Civil Veterinary Dept. Bombay admin report 1923-31 - 1923-1931
Year: 1923
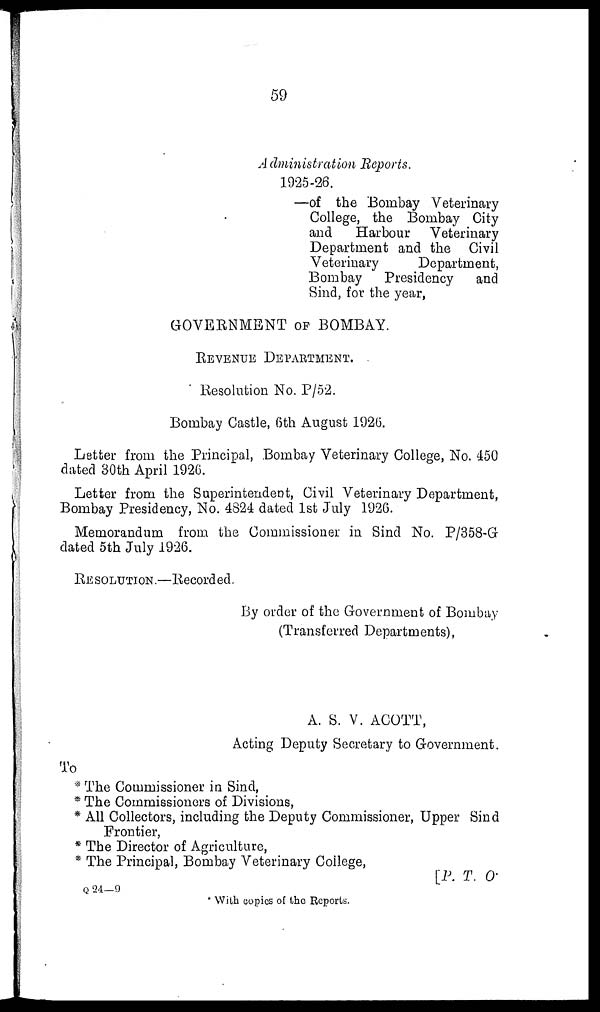
59
Administration Reports.
1925-26.
—of the Bombay Veterinary
College, the Bombay City
and Harbour Veterinary
Department and the Civil
Veterinary
Department,
Bombay Presidency and
Sind, for the year,
GOVERNMENT OF BOMBAY.
REVENUE DEPARTMENT.
Resolution No. P/52.
Bombay Castle, 6th August 1926.
Letter from the Principal, Bombay Veterinary College, No. 450
dated 30th April 1926.
Letter from the Superintendent, Civil Veterinary Department,
Bombay Presidency, No. 4824 dated 1st July 1926.
Memorandum from the Commissioner in Sind No. P/358-G
dated 5th July 1926.
RESOLUTION.—Recorded.
By order of the Government of Bombay
(Transferred Departments),
A. S. V. ACOTT,
Acting Deputy Secretary to Government.
To
* The Commissioner in Sind,
* The Commissioners of Divisions,
* All Collectors, including the Deputy Commissioner, Upper Sind
Frontier,
* The Director of Agriculture,
* The Principal, Bombay Veterinary College,
[P. T. O.
Q 24—9
* With copies of the Reports.